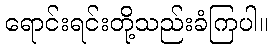
ရောင်းရင်းတို့သည်းခံကြပါ။